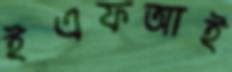
ইএফআই